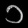
Digit: ၁